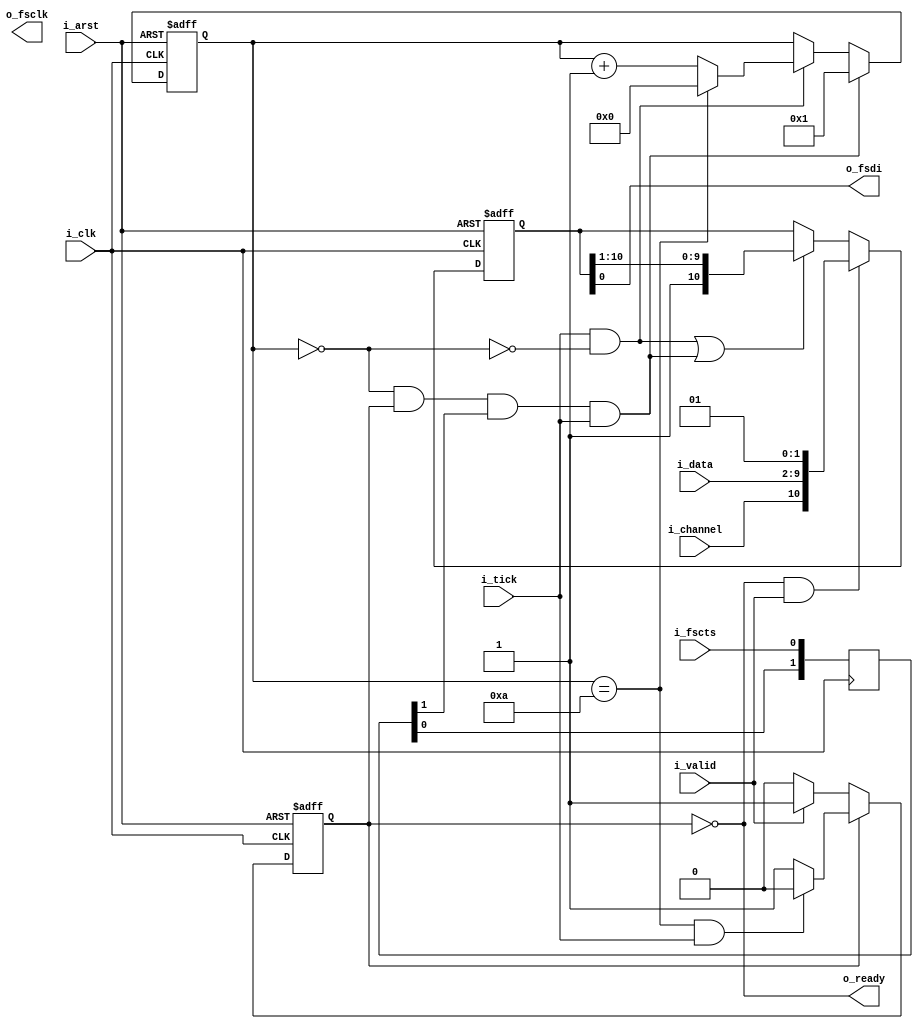
module oifs_tx_interface #(
    parameter   DATA_W = 8
)(
    input   wire                    i_clk,
    input   wire                    i_arst,
    // valid-ready interface
    input   wire                    i_valid,
    input   wire [DATA_W - 1 : 0]   i_data,
    input   wire                    i_channel,
    output  wire                    o_ready,
    // tick
    input   wire                    i_tick,
    // opto tx interface
    input   wire                    i_fscts,
    output  wire                    o_fsclk,
    output  wire                    o_fsdi
);
    //
    // CDC signals
    //
    localparam  DFF_W = 2;

    wire                    w_fscts;
    reg     [DFF_W - 1 : 0] r_fscts_sync;

    always @ (posedge i_clk)
        r_fscts_sync <= {r_fscts_sync[DFF_W - 2 : 0], i_fscts};

    assign w_fscts = r_fscts_sync[DFF_W - 1];

    //
    // r_data_status
    //
    // r_data_status decides the valid-ready signals and
    // if r_status FSM starts
    //
    reg     r_data_filled;
    reg     r_data_filled_next;

    wire    w_data_done;
    wire    w_status_done;

    always @ (posedge i_clk, posedge i_arst)
        if (i_arst)
            r_data_filled <= 1'b0;
        else
            r_data_filled <= r_data_filled_next;

    always @(*) begin
        r_data_filled_next = r_data_filled;

        // if the tx data has been filled
        if (r_data_filled) begin
            // and the data transmission has been done
            if (w_data_done)
                r_data_filled_next = 1'b0;
        end
        // or if the tx data is empty
        else begin
            // and upstream module's data is ready
            if (i_valid)
                r_data_filled_next = 1'b1;
        end
    end

    assign w_data_done = w_status_done & i_tick;

    //
    // r_data
    //
    // r_data keeps the data to be transmitted
    //
    localparam  TX_DATA_W = DATA_W + 3;

    reg     [TX_DATA_W - 1 : 0] r_data;
    reg     [TX_DATA_W - 1 : 0] w_data_next;

    wire                        w_data_tick;
    wire                        w_data_load;
    wire                        w_status_tick;

    always @ (posedge i_clk, posedge i_arst)
        if (i_arst)
            r_data <= {TX_DATA_W{1'b1}};
        else
            r_data <= w_data_next;

    always @(*) begin
        w_data_next = r_data;

        if (w_data_load)
            w_data_next = {i_channel, i_data, 2'b01};
        else
            if (w_data_tick)
                w_data_next = {1'b1, r_data[TX_DATA_W - 1 : 1]};
    end

    // w_data_load indicates if r_data could be filled safely
    assign w_data_load = o_ready & i_valid;
    assign w_data_tick = w_status_tick | w_status_start;

    //
    // r_status
    //
    // r_status controls TX FSM
    //
    localparam  STATUS_MAX  = 11;
    localparam  STATUS_W    = $clog2(STATUS_MAX);

    reg     [STATUS_W - 1 : 0]  r_status;
    reg     [STATUS_W - 1 : 0]  w_status_next;

    wire                        w_status_start;
    wire                        w_status_idle;

    assign w_status_idle = (r_status == {STATUS_W{1'b0}});
    assign w_status_done = (r_status == (STATUS_MAX[STATUS_W - 1 : 0] - 1'b1));
    assign w_status_tick = i_tick & ~w_status_idle;

    always @ (posedge i_clk, posedge i_arst)
        if (i_arst)
            r_status <= {STATUS_W{1'b0}};
        else
            r_status <= w_status_next;

    always @(*) begin
        w_status_next = r_status;

        if (w_status_start)
            w_status_next = {{STATUS_W-1{1'b0}}, 1'b1};
        else
            if (w_status_tick)
                if (w_status_done)
                    w_status_next = {STATUS_W{1'b0}};
                else
                    w_status_next = r_status + 1'b1;
    end

    // FSM begins counting when FSM is idle
    assign w_status_start = w_status_idle &
                            // r_data is filled
                            r_data_filled &
                            // i_fstcs is ready to receive data
                            w_fscts &
                            // to sync with o_fsclk signal
                            i_tick;

    //
    // output signals
    //
    // r_data is ready when r_data_filled is 0
    assign o_ready = ~r_data_filled;

    assign o_fsdi = r_data[0];

endmodule